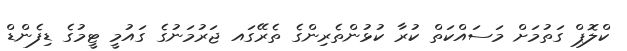
ކްލޮޕް ގަތުމަށް މަސައްކަތް ކުރާ ކުޅުންތެރިންގެ ތެރޭގައ ޖަރުމަނުގެ ގައުމީ ޓީމުގެ ޑިފެންޑް